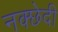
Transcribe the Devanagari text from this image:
नक्छेदी